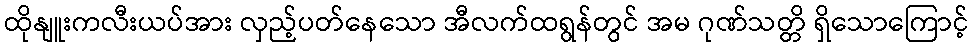
ထိုနျူးကလီးယပ်အား လှည့်ပတ်နေသော အီလက်ထရွန်တွင် အမ ဂုဏ်သတ္တိ ရှိသောကြောင့်